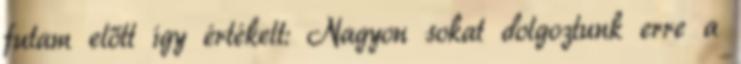
futam előtt így értékelt: Nagyon sokat dolgoztunk erre a